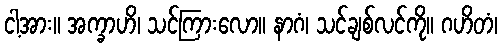
ငါ့အား။ အက္ခာဟိ၊ သင်ကြားလော။ နာဂံ၊ သင်ချစ်လင်ကို။ ဂဟိတံ၊